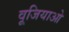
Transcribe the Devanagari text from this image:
वूजियाओ